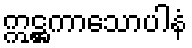
ဣဋ္ဌကာသောပါနံ